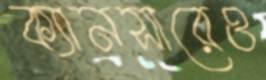
ক্যানসারেও